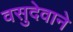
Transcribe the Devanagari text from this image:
वसुदेवाने